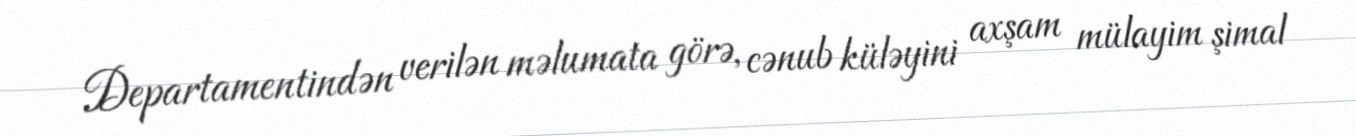
Departamentindən verilən məlumata görə, cənub küləyini axşam mülayim şimal